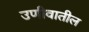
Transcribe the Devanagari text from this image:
उणीवातील